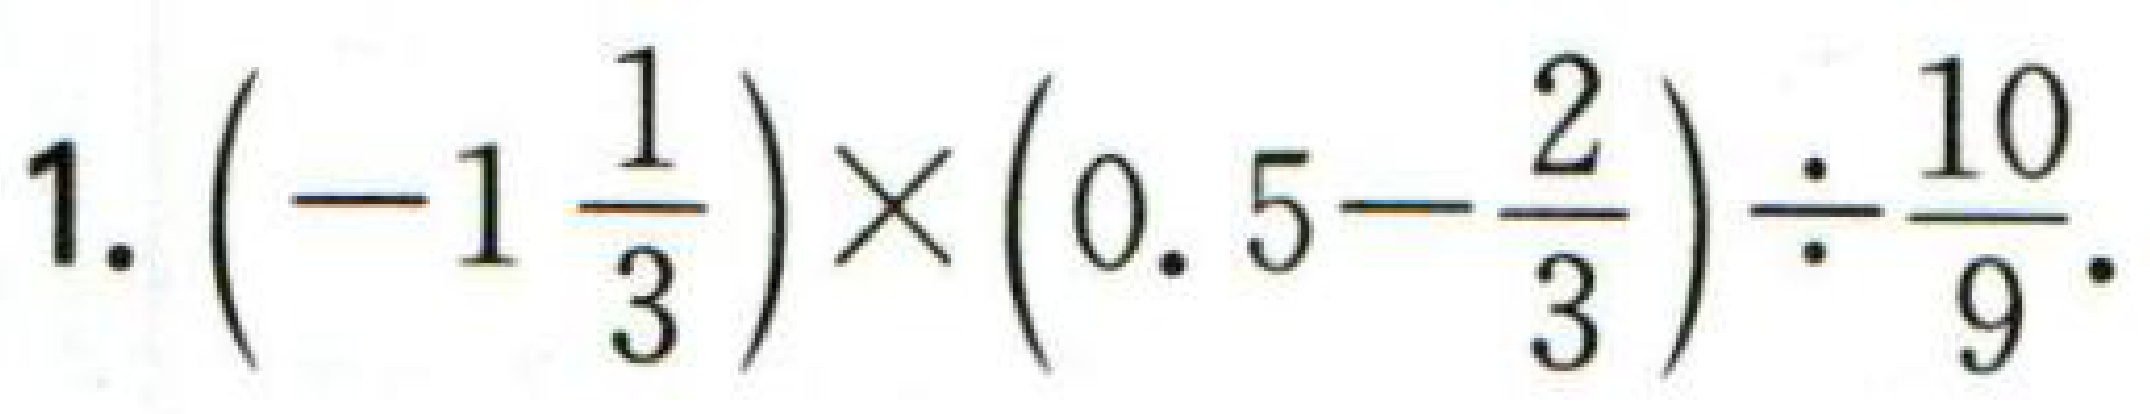
$1.\left(-1\frac{1}{3}\right)\times\left(0.5 - \frac{2}{3}\right)\div\frac{10}{9}.$